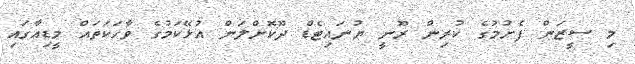
މި ސީޒަން ފެށުމުގެ ކުރިން ރޫނީ ޔުނައިޓެޑް ދޫކޮށްލަން އުޅޭކަމުގެ ވާހަކަތައް މީޑިއާގައި